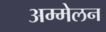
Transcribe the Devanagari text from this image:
अम्मेलन